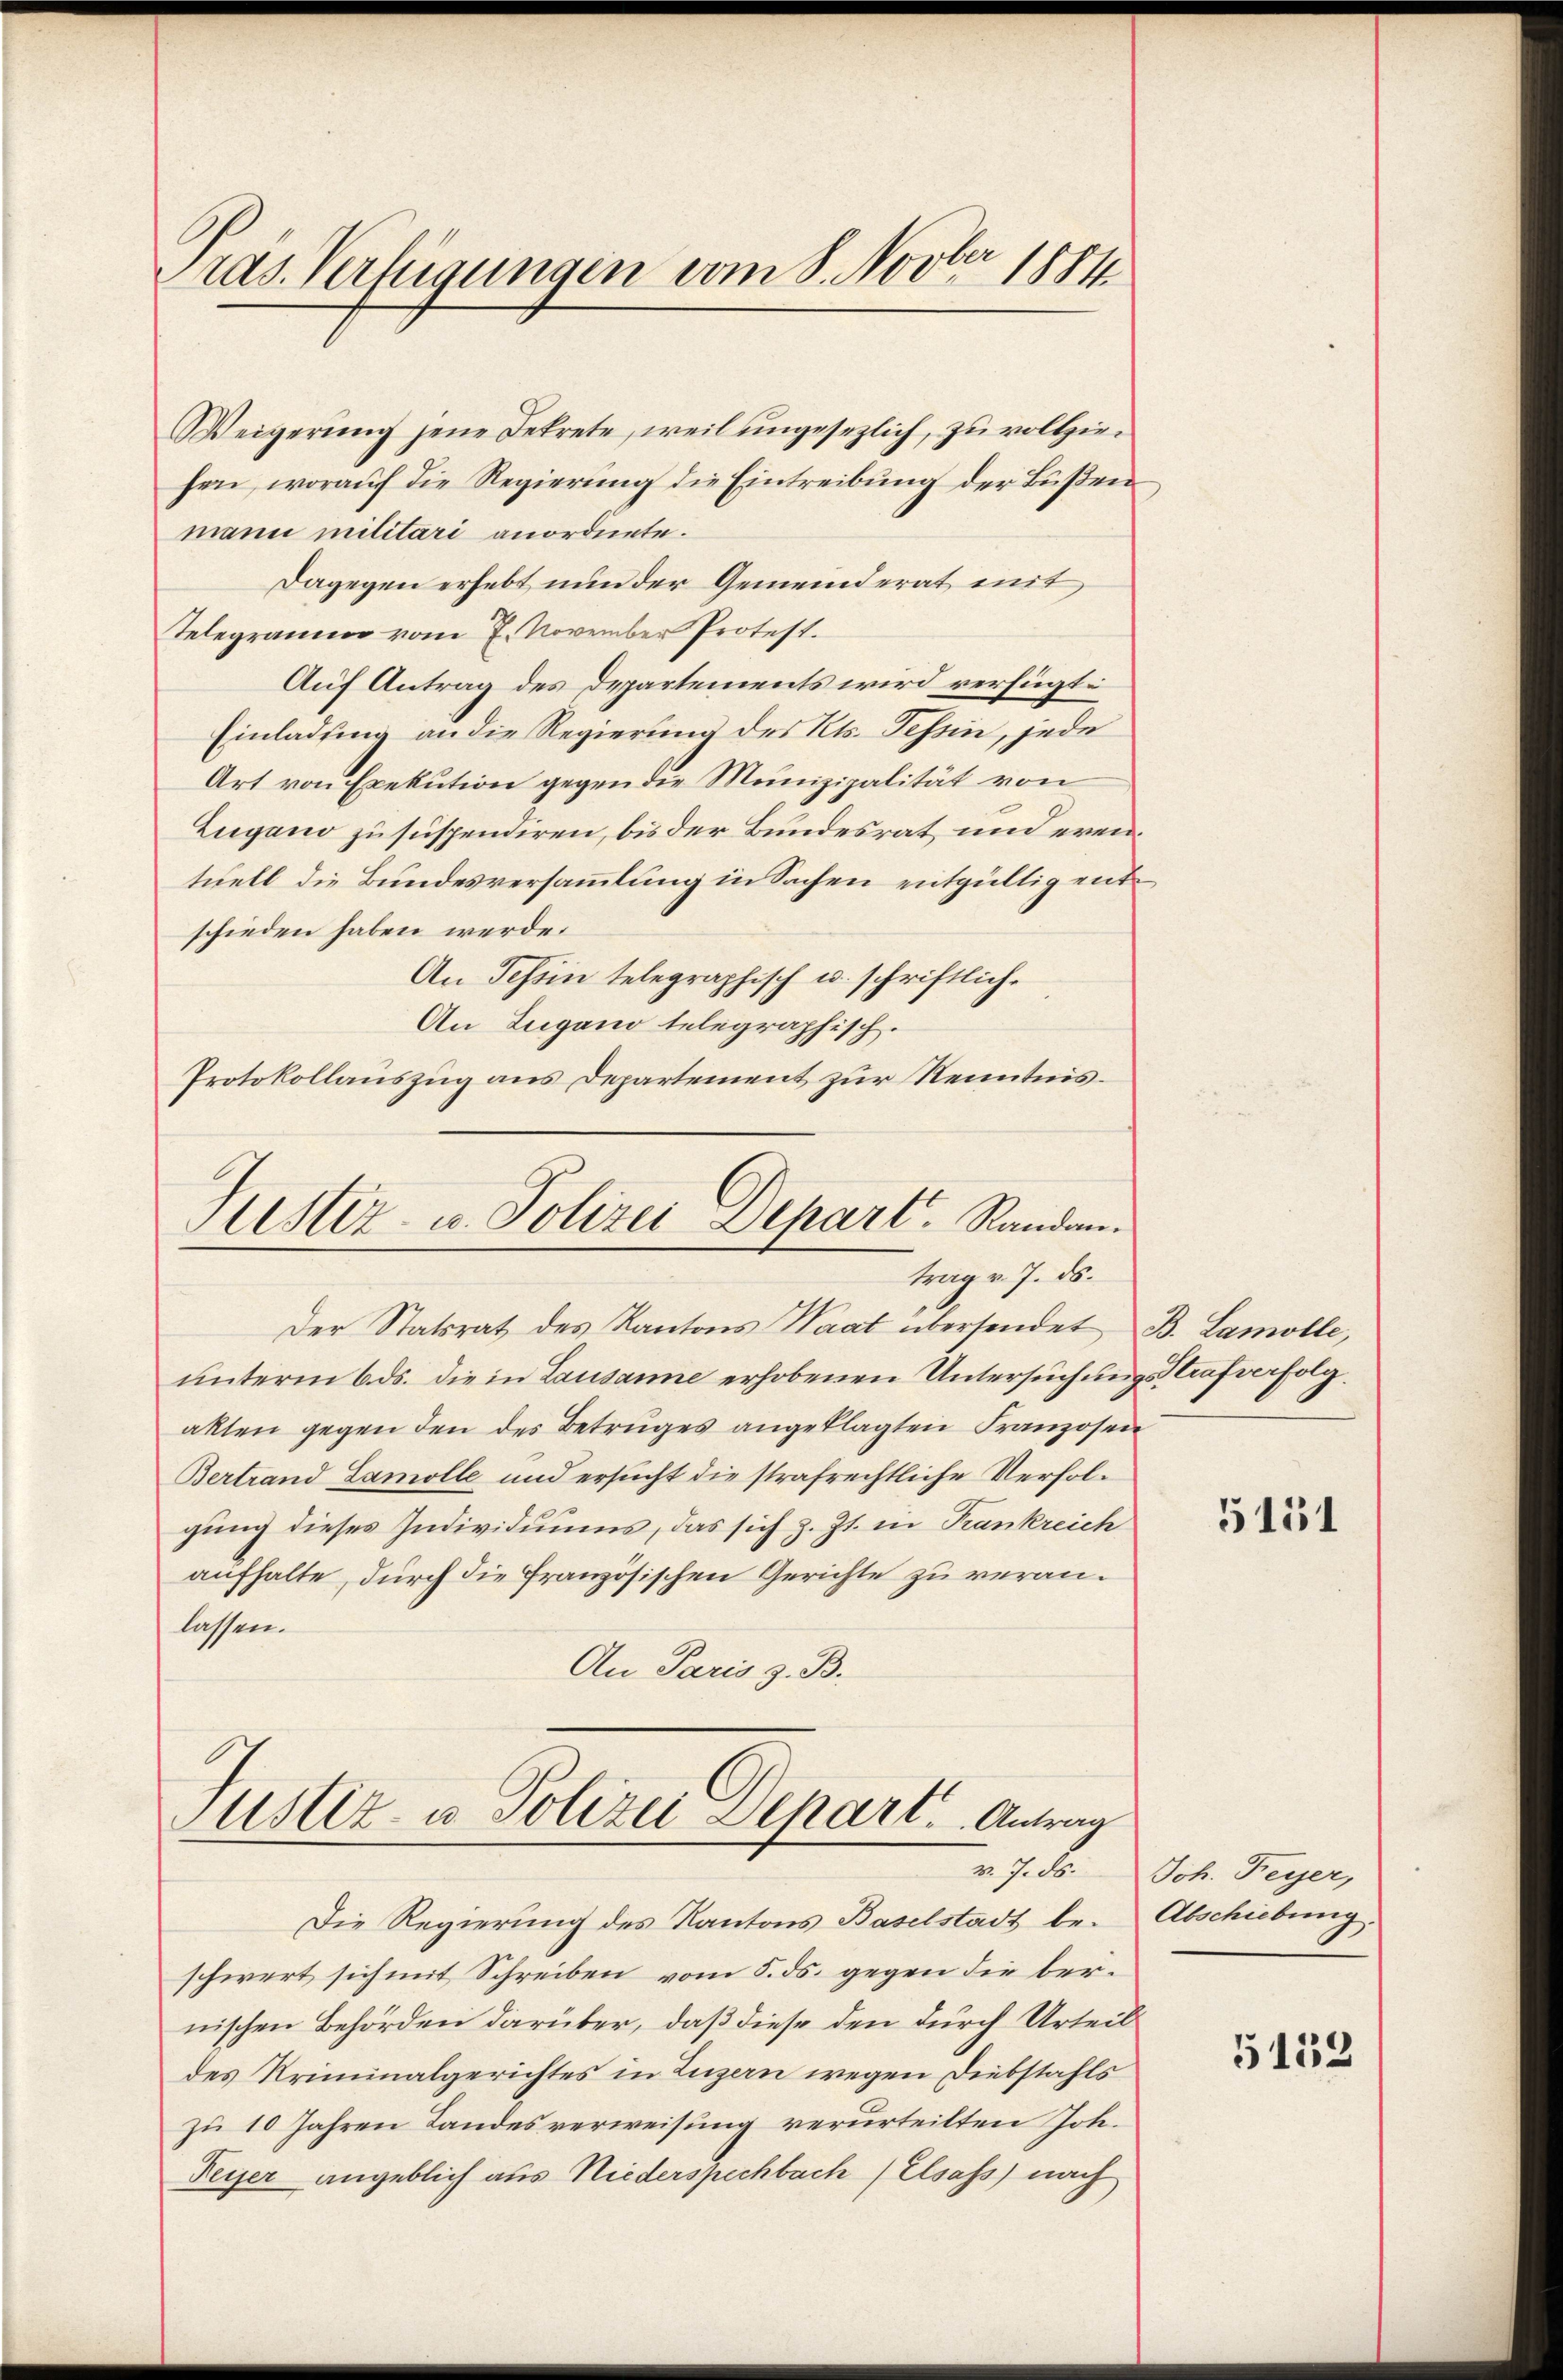
Pras. Verfügungen vom 8. Novber 1884

Weigerung jene Dekrete, weil ungesezlich, zu vollziefen, worauf die Regierung die Eintreibung der Bußen
mann militari anordnete.
Dagegen erhebt nun der Gemeinderat mit
Telegramm vom 7. November Protest.
Auf Antrag des Departements wird verfügt:
Einladung an die Regierung des Kts. Schein, jede
Art von Exekution gegen die Munizipalität von
Zugano zu suspendiren, bis der Bundesrat und eren.
tuell die Bundesversammlung in Sachen entgültig entschieden haben werde.
An Schein telegraphisch u. schriftlich¬
An Zugano telegraphisch.
Protokollauszug aus Departement zur Kenntnis¬

Justiz- u. Polizei Depart. Randantrag v. J. ds.

Der Statsrat des Kantons Saat übersendet B. Lamolle,
ŭnterm 6. ds. die in Lausanne erhobenen Untersuchungs Strafverfolg
akten gegen den des Betruges angeklagten Franzosen
Bertrand Samolle und ersucht die strafrechtliche Verfolgung dieses Individuums, das sich z. Zt. in Krankreich
aufhalte, durch die französischen Gerichte zu veranlassen.
An Paris z. B.

Justiz- u. Polizei Depart. Antrag

Die Regierung des Kantons Baselstadt be- Abschiebung.
schwert sich mit Schreiben vom 5. ds. gegen die bernischen Behörden darüber, daß diese den durch Urteil
des Kriminalgerichtes in Luzern wegen Diebstahls
zu 10 Jahren Landesverweisung verurteilten Joh.
Feyer angeblich aus Niederspechbach Elsass) nach

5151

v. J. ds. Joh. Feyer,

5152